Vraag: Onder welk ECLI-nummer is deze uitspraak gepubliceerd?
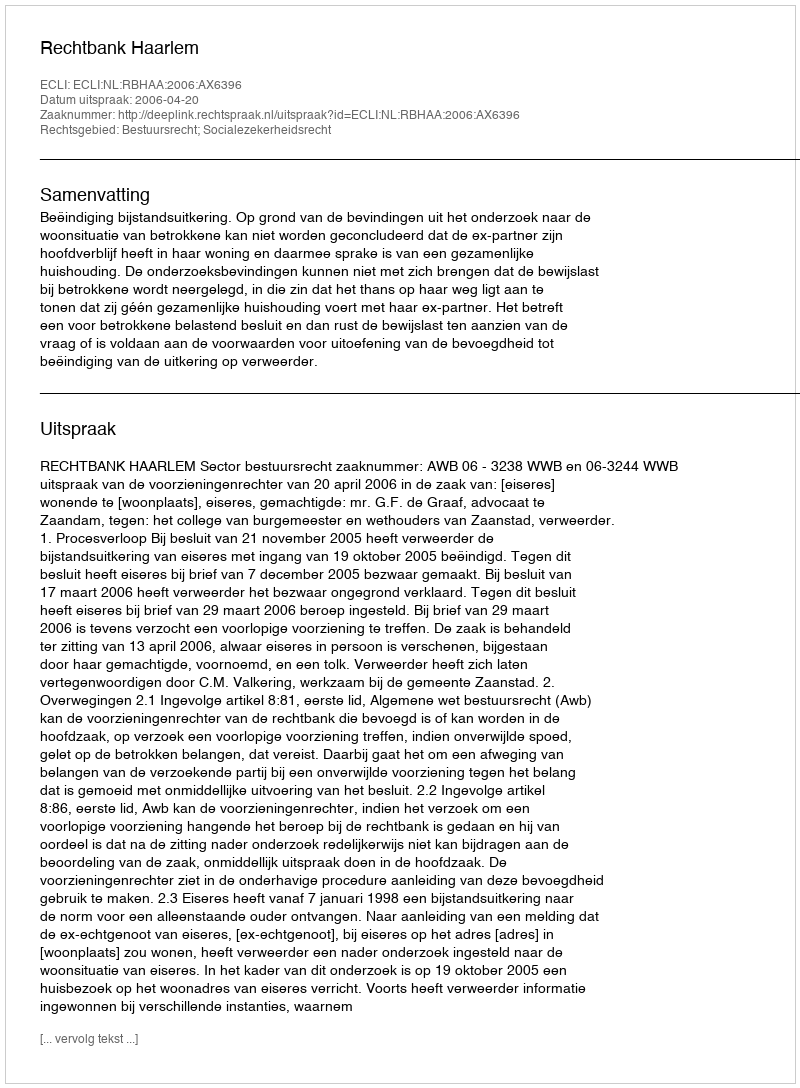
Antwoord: ECLI:NL:RBHAA:2006:AX6396